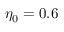
\eta _ { 0 } = 0 . 6